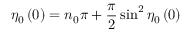
\eta _ { 0 } \left( 0 \right) = n _ { 0 } \pi + \frac { \pi } { 2 } \sin ^ { 2 } \eta _ { 0 } \left( 0 \right)